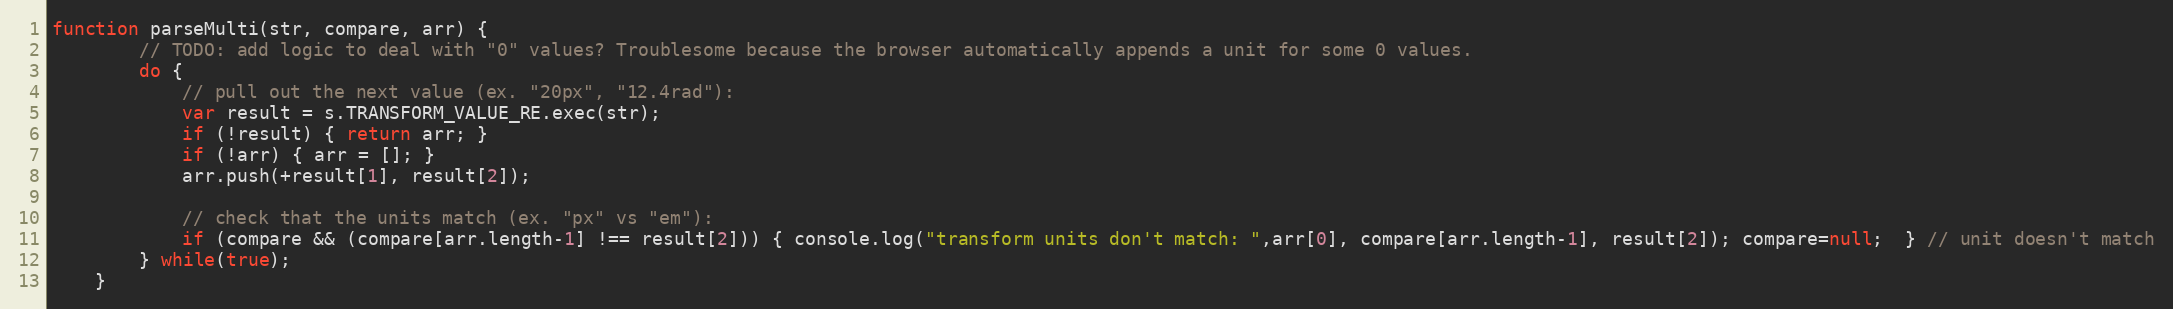
Language: JavaScript
function parseMulti(str, compare, arr) {
		// TODO: add logic to deal with "0" values? Troublesome because the browser automatically appends a unit for some 0 values.
		do {
			// pull out the next value (ex. "20px", "12.4rad"):
			var result = s.TRANSFORM_VALUE_RE.exec(str);
			if (!result) { return arr; }
			if (!arr) { arr = []; }
			arr.push(+result[1], result[2]);

			// check that the units match (ex. "px" vs "em"):
			if (compare && (compare[arr.length-1] !== result[2])) { console.log("transform units don't match: ",arr[0], compare[arr.length-1], result[2]); compare=null;  } // unit doesn't match
		} while(true);
	}